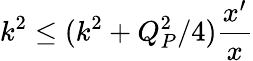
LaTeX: k^{2}\le(k^{2}+Q_{P}^{2}/4){\frac{x^{\prime}}{x}}